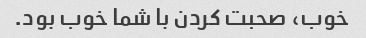
خوب، صحبت کردن با شما خوب بود.